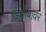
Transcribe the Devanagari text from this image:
खंडोबावर